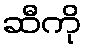
ဆီကို